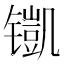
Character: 𮸢